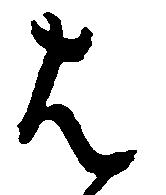
は